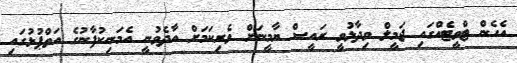
އެހެން ޓްވީޓެއްގައި ޖަމީލް ވިދާޅުވީ ރައީސް ޔާމީނަށް ވެރިކަމަށް އާދެވުނީ އެމަނިކުފާނުގެ އަތްޕުޅުގައި